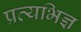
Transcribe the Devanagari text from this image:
प्रत्यभिज्ञ